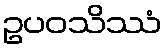
ဥပဝသိဿံ